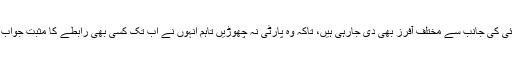
انہیں پی ٹی آئی کی جانب سے مختلف آفرز بھی دی جارہی ہیں، تاکہ وہ پارٹی نہ چھوڑیں تاہم انہوں نے اب تک کسی بھی رابطے کا مثبت جواب نہیں دیا ہے۔